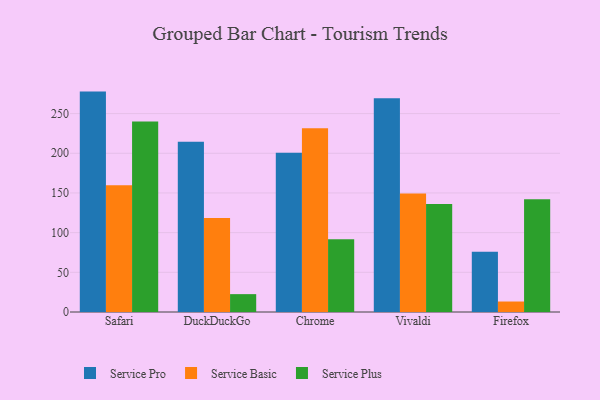
{"axis": {"x": "Browser", "y": "LTV (USD)"}, "legend": ["Service Basic", "Service Plus", "Service Pro"], "data": [{"x": "Safari", "y": 277.7, "type": "Service Pro"}, {"x": "Safari", "y": 159.6, "type": "Service Basic"}, {"x": "Safari", "y": 239.9, "type": "Service Plus"}, {"x": "DuckDuckGo", "y": 214.4, "type": "Service Pro"}, {"x": "DuckDuckGo", "y": 118.3, "type": "Service Basic"}, {"x": "DuckDuckGo", "y": 22.5, "type": "Service Plus"}, {"x": "Chrome", "y": 200.5, "type": "Service Pro"}, {"x": "Chrome", "y": 231.6, "type": "Service Basic"}, {"x": "Chrome", "y": 91.8, "type": "Service Plus"}, {"x": "Vivaldi", "y": 269.4, "type": "Service Pro"}, {"x": "Vivaldi", "y": 149.4, "type": "Service Basic"}, {"x": "Vivaldi", "y": 136.1, "type": "Service Plus"}, {"x": "Firefox", "y": 76.0, "type": "Service Pro"}, {"x": "Firefox", "y": 13.2, "type": "Service Basic"}, {"x": "Firefox", "y": 142.2, "type": "Service Plus"}]}